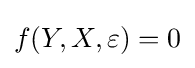
f(Y,X,\varepsilon )=0